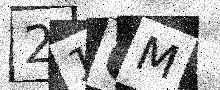
Text: 21CM